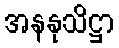
အနနုသိဋ္ဌာ